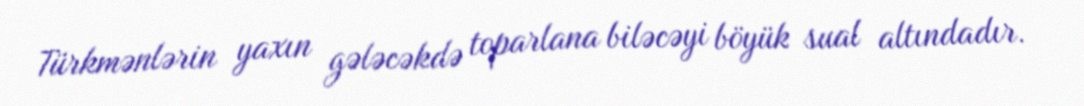
Türkmənlərin yaxın gələcəkdə toparlana biləcəyi böyük sual altındadır.